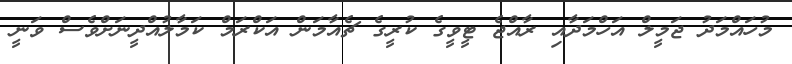
މުހައްމަދު ޖަމީލް އަހްމަދާއި ރާއްޖެ ޓީވީގެ ކުރީގެ ޗެއާމަން އަކްރަމް ކަމާލުއްދީނަށްވެސް ވަނީ